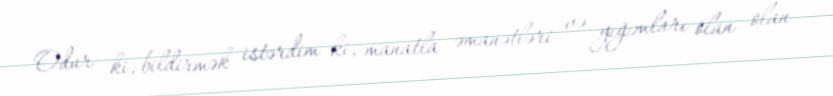
Odur ki, bildirmək istərdim ki, manatla əmanətləri və yığımları olan olan